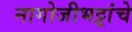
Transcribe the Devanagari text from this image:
नागोजीभट्टांचे